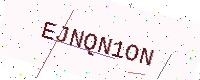
Text: EJNQN1ON